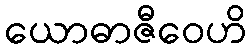
ယောဓာဇီဝေဟိ